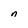
Character: n